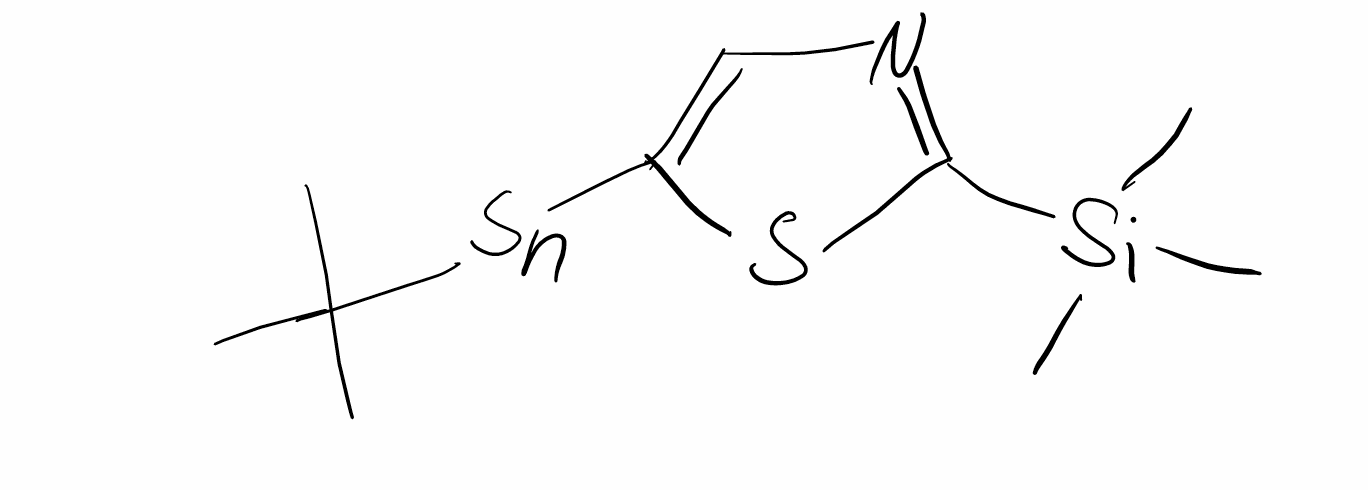
Simplified molecular-input line-entry system (SMILES) notation of the given molecule:
CC(C)(C)[Sn]C1=CN=C(S1)[Si](C)(C)C